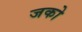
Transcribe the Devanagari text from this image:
जको